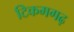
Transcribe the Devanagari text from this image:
टिकमगढ़